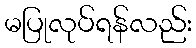
မပြုလုပ်ရန်လည်း